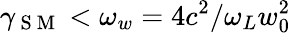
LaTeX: \gamma_{\mathrm{~S~M~}}<\omega_{w}=4c^{2}/\omega_{L}w_{0}^{2}